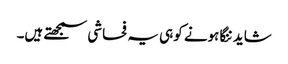
شاید ننگا ہونے کو ہی یہ فحاشی سمجھتے ہیں۔